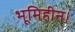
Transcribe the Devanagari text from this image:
भूमिहीन।